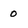
Character: o